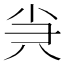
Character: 𡭩